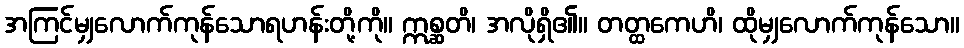
အကြင်မျှလောက်ကုန်သောရဟန်းတို့ကို။ ဣစ္ဆတိ၊ အလိုရှိ၏။ တတ္ထကေဟိ၊ ထိုမျှလောက်ကုန်သော။